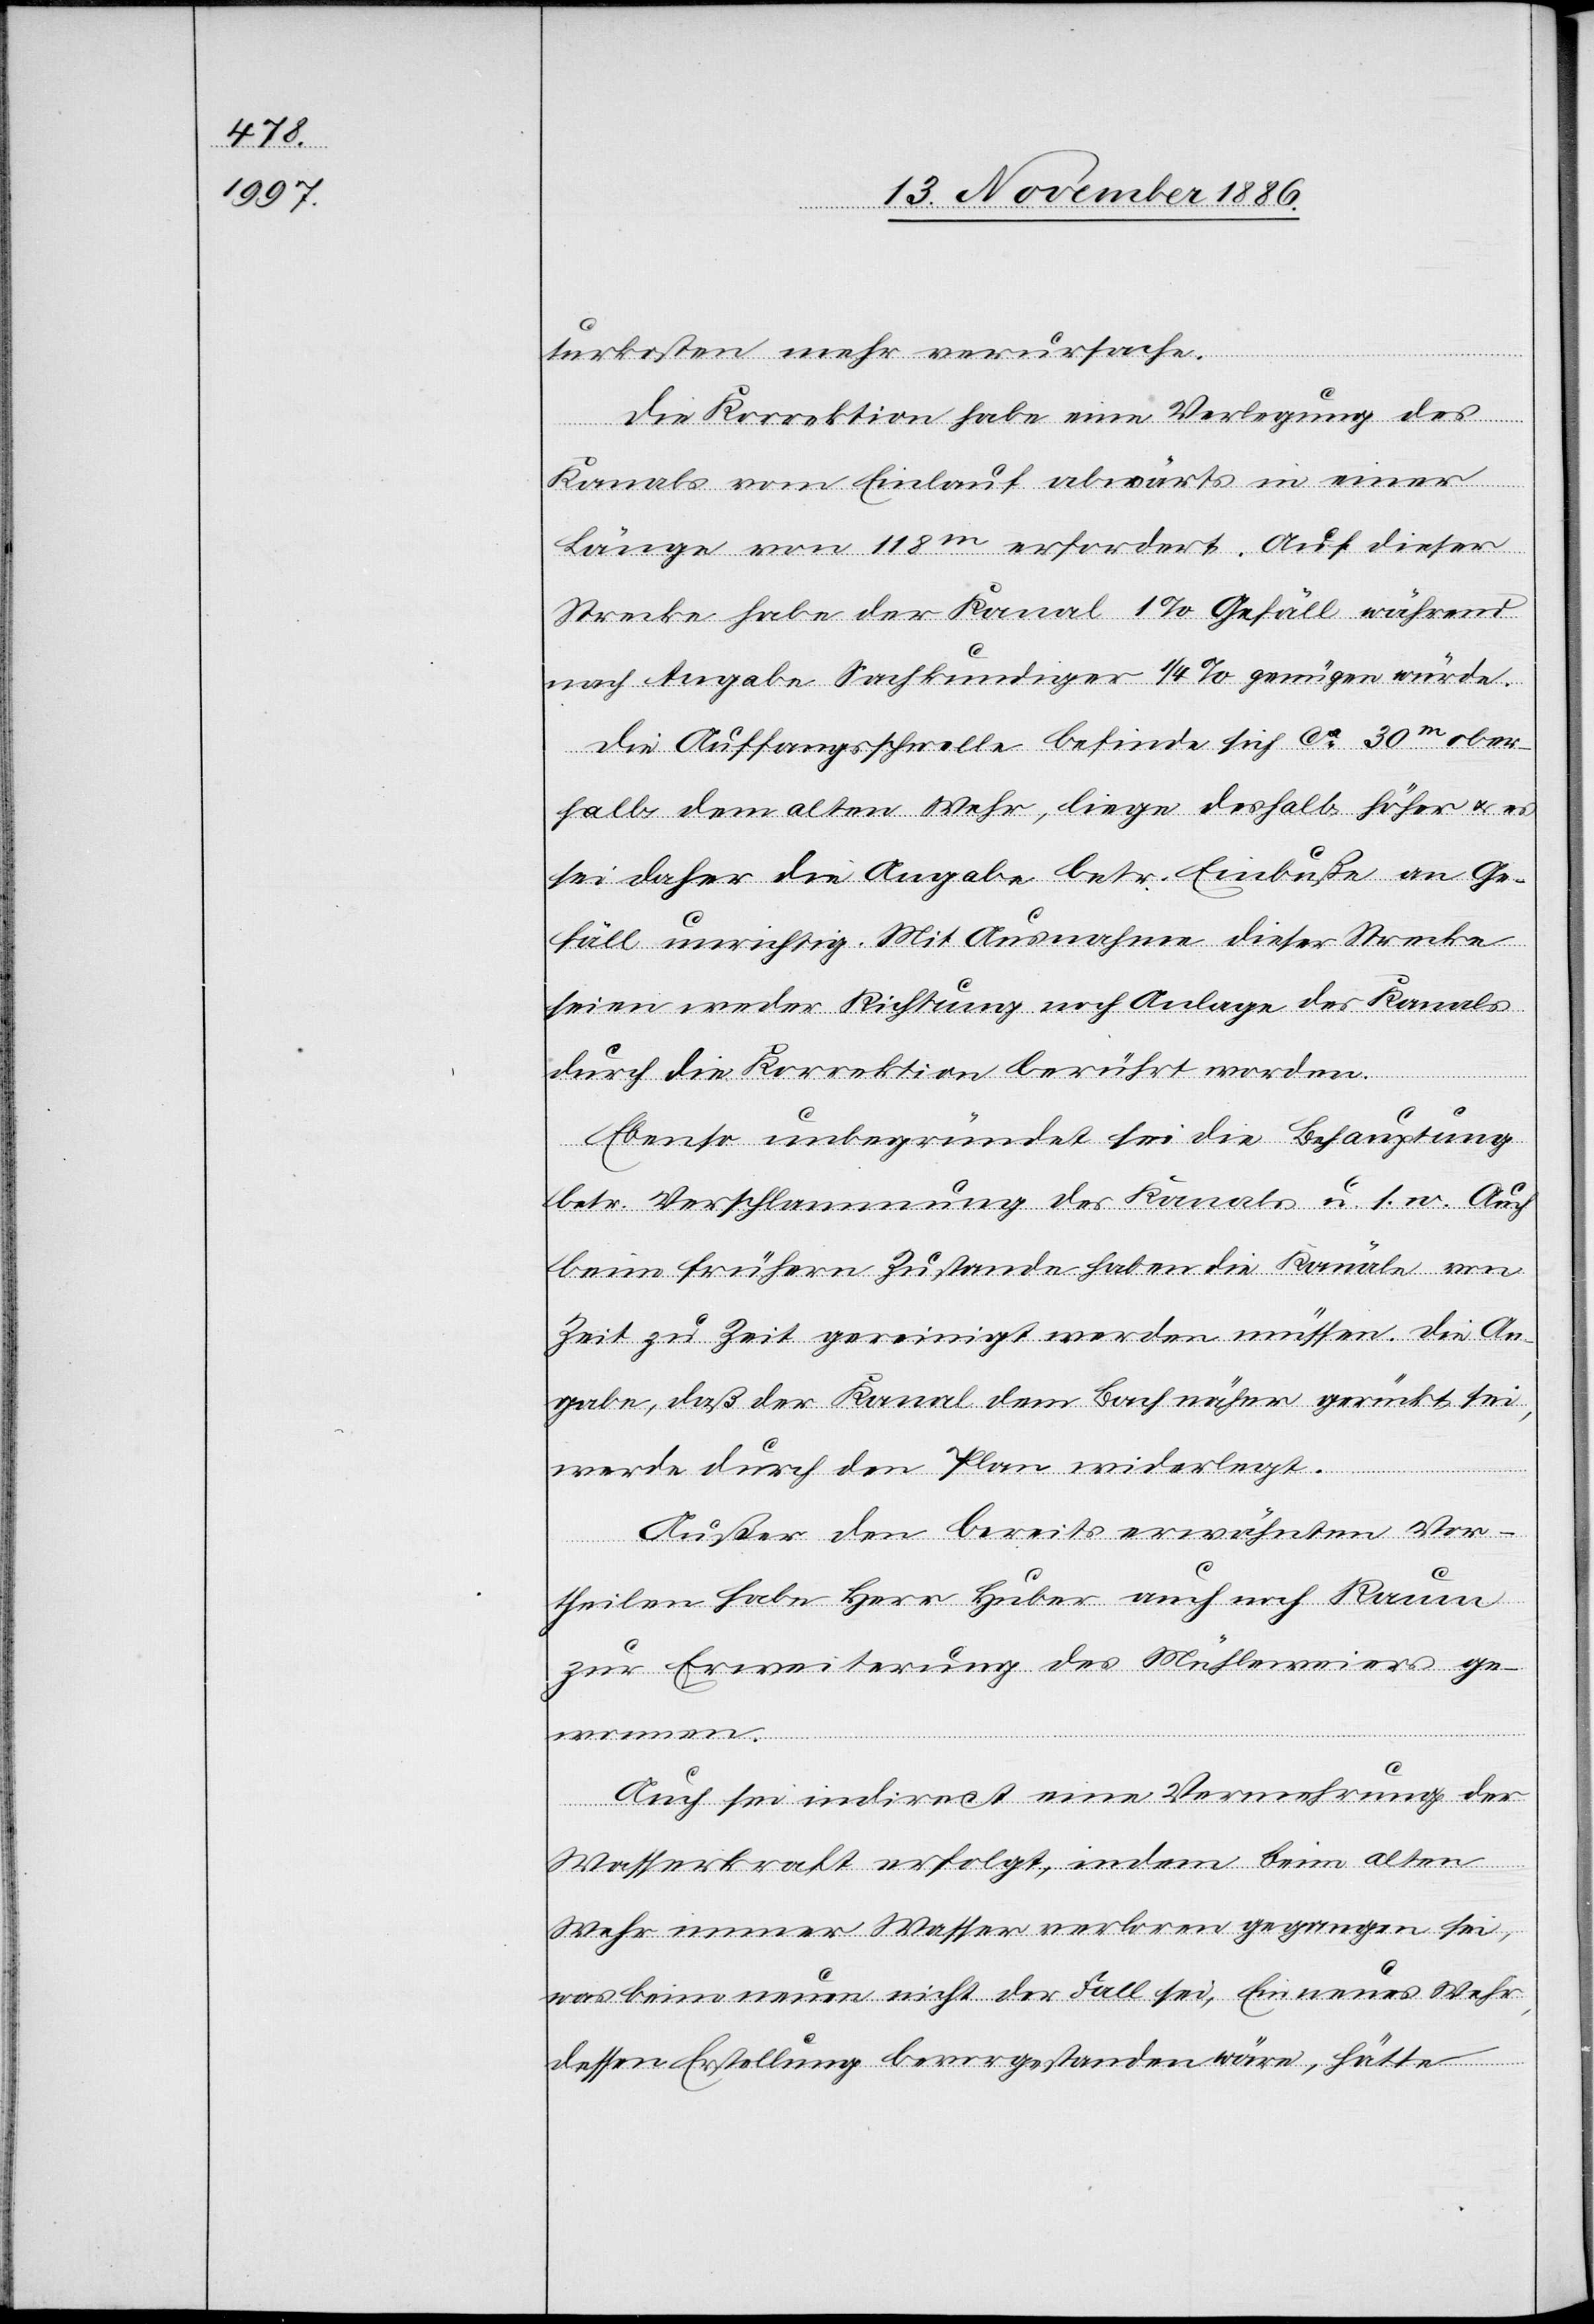
a]turkosten mehr verursache.
[r¬
Die Korrektion habe eine Verlegung des
Kanals vom Einlauf abwärts in einer
Länge von 118m erfordert. Auf dieser
Strecke habe der Kanal 1% Gefäll während
nach Angabe Sachkundiger 1/4% genügen würde.
Die Auffangsschwelle befinde sich ca 30m ober¬
halb dem alten Wehr, liege deshalb höher & es
sei daher die Angabe betr. Einbuße an Ge¬
fäll unrichtig. Mit Ausnahme dieser Strecke
seien weder Richtung noch Anlage des Kanals
durch die Korrektion berührt worden.
Ebenso unbegründet sei die Behauptung
betr. Verschlammung des Kanals u. s. w. Auch
beim frühern Zustande haben die Kanäle von
Zeit zu Zeit gereinigt werden müssen. Die An¬
gabe, daß der Kanal dem Bach näher gerückt sei,
werde durch den Plan widerlegt.
Außer den bereits erwähnten Vor¬
theilen habe Herr Huber auch noch Raum
zur Erweiterung des Mühleweiers ge¬
wonnen.
Auch sei indirect eine Vermehrung der
Wasserkraft erfolgt, indem beim alten
Wehr immer Wasser verloren gegangen sei,
was beim neuen nicht der Fall sei, [sic!] Ein neues Wehr,
dessen Erstellung bevorgestanden wäre, hätte